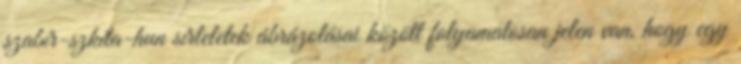
szabír-szkíta-hun sírleletek ábrázolásai között folyamatosan jelen van, hogy egy